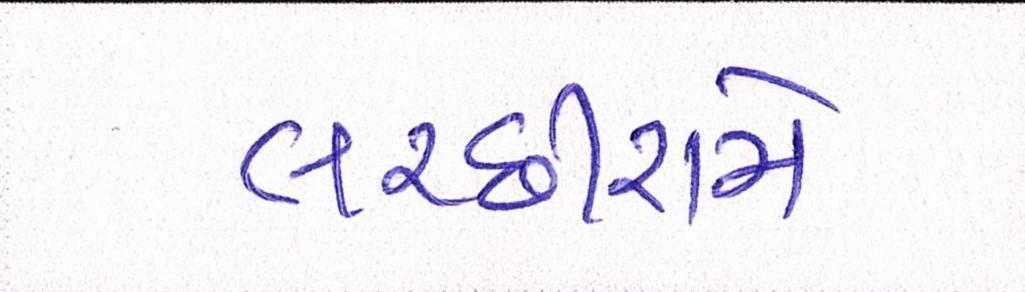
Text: લચ્છીરામે